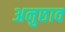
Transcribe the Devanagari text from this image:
अनुछाव